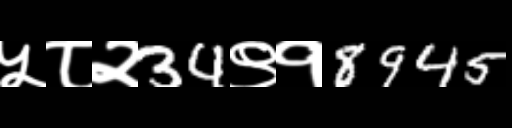
Text: ५८२34९१8945